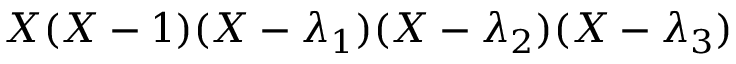
X ( X - 1 ) ( X - \lambda _ { 1 } ) ( X - \lambda _ { 2 } ) ( X - \lambda _ { 3 } )